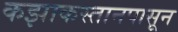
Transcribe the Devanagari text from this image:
कझाकस्तानपासून